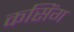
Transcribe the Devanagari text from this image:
कसिंग